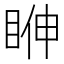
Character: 𥆓